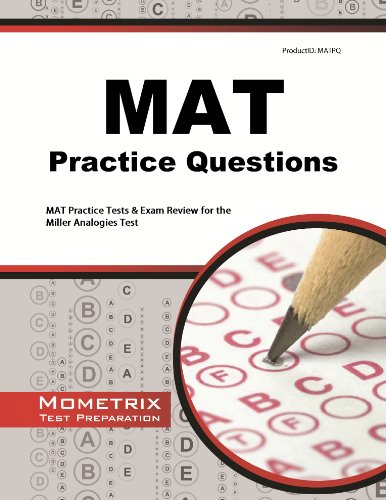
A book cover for MAT Practice Questions: MAT Practice Tests & Exam Review for the Miller Analogies Test; Test Preparation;